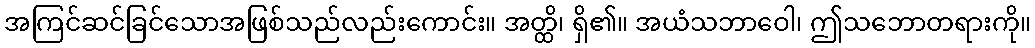
အကြင်ဆင်ခြင်သောအဖြစ်သည်လည်းကောင်း။ အတ္ထိ၊ ရှိ၏။ အယံသဘာဝေါ၊ ဤသဘောတရားကို။